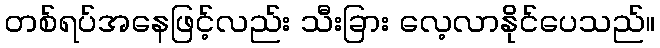
တစ်ရပ်အနေဖြင့်လည်း သီးခြား လေ့လာနိုင်ပေသည်။